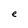
Character: e